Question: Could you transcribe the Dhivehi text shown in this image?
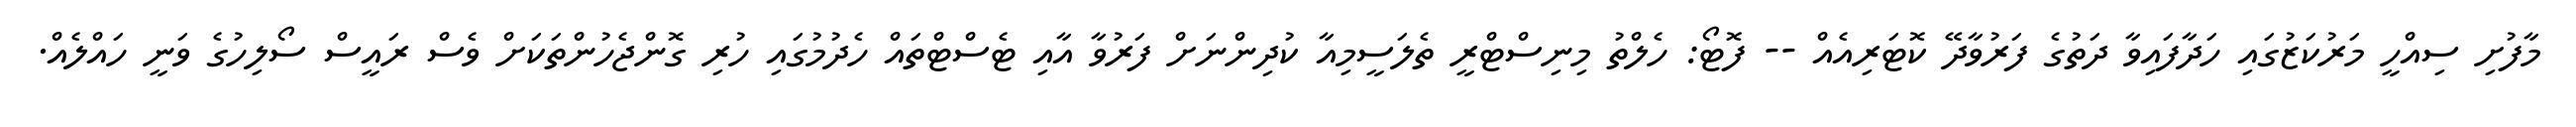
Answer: މާފުށި ސިއްހީ މަރުކަޒުގައި ހަދާފައިވާ ދަތުގެ ފަރުވާދޭ ކޮޓަރިއެއް -- ފޮޓޯ: ހެލްތު މިނިސްޓްރީ ތެލަސީމިއާ ކުދިންނަށް ފަރުވާ އާއި ޓެސްޓްތައް ހެދުމުގައި ހުރި ގޮންޖެހުންތަކަށް ވެސް ރައީސް ސޯލިހުގެ ވަނީ ހައްލެއް.